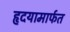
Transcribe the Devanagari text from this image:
हृदयामार्फत